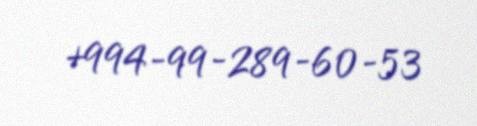
+994-99-289-60-53